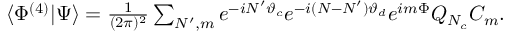
\begin{array} { r } { \langle { \Phi ^ { ( 4 ) } } | { \Psi } \rangle = \frac { 1 } { ( 2 \pi ) ^ { 2 } } \sum _ { N ^ { \prime } , m } e ^ { - i N ^ { \prime } \vartheta _ { c } } e ^ { - i ( N - N ^ { \prime } ) \vartheta _ { d } } e ^ { i m \Phi } Q _ { N _ { c } } C _ { m } . } \end{array}